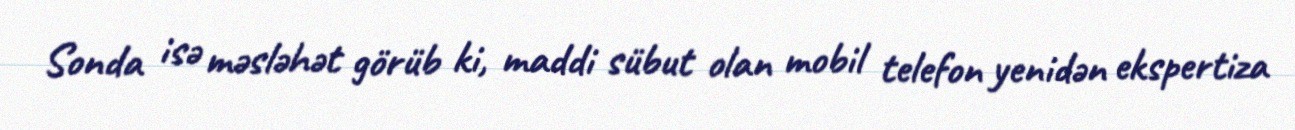
Sonda isə məsləhət görüb ki, maddi sübut olan mobil telefon yenidən ekspertiza